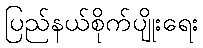
ပြည်နယ်စိုက်ပျိုးရေး